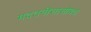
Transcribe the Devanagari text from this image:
मदतनीसासोबत